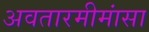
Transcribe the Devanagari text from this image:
अवतारमीमांसा